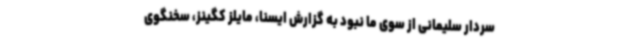
سردار سلیمانی از سوی ما نبود به گزارش ایسنا، مایلز کگینز، سخنگوی